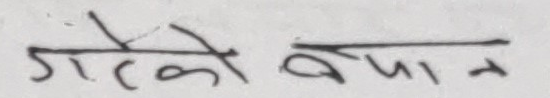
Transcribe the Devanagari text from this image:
गरेको बयान